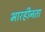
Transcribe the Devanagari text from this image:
भारहीनता